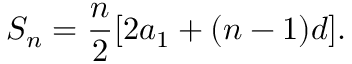
S _ { n } = { \frac { n } { 2 } } [ 2 a _ { 1 } + ( n - 1 ) d ] .